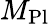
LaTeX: M_{\mathrm{Pl}}